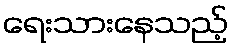
ရေးသားနေသည့်